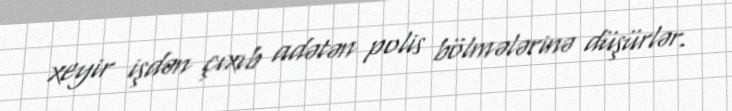
xeyir işdən çıxıb adətən polis bölmələrinə düşürlər.